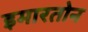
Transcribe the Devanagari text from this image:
इमारतोन